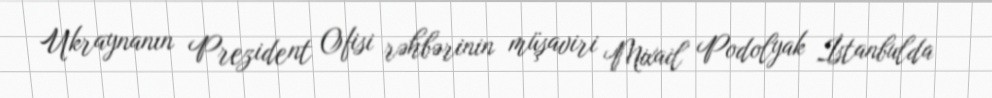
Ukraynanın Prezident Ofisi rəhbərinin müşaviri Mixail Podolyak İstanbulda